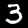
Label: 3